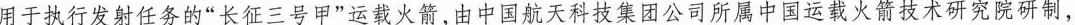
用于执行发射任务的“长征三号甲”运载火箭，由中国航天科技集团公司所属中国运载火箭技术研究院研制，